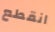
انقطع